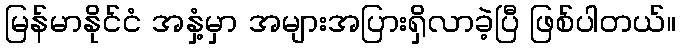
မြန်မာနိုင်ငံ အနှံ့မှာ အများအပြားရှိလာခဲ့ပြီ ဖြစ်ပါတယ်။